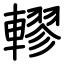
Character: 轇